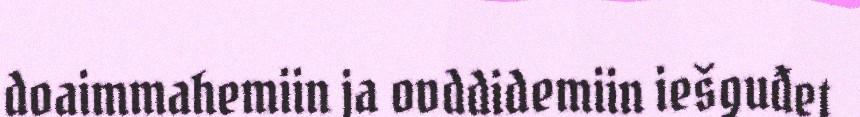
doaimmahemiin ja ovddidemiin iešguđet